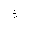
Letter: _thal